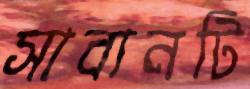
সাবানটি